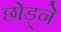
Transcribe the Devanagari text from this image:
छोड़्ने